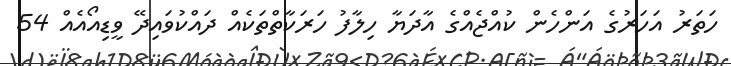
ހަތަރު އަހަރުގެ އަންހެން ކުއްޖެއްގެ އާދަޔާ ހިލާފު ހަރަކާތްތަކެއް ދައްކުވައިދޭ ވީޑިއޯއެއް 54